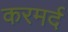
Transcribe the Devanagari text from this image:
करमर्द